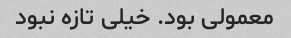
معمولی بود. خیلی تازه نبود